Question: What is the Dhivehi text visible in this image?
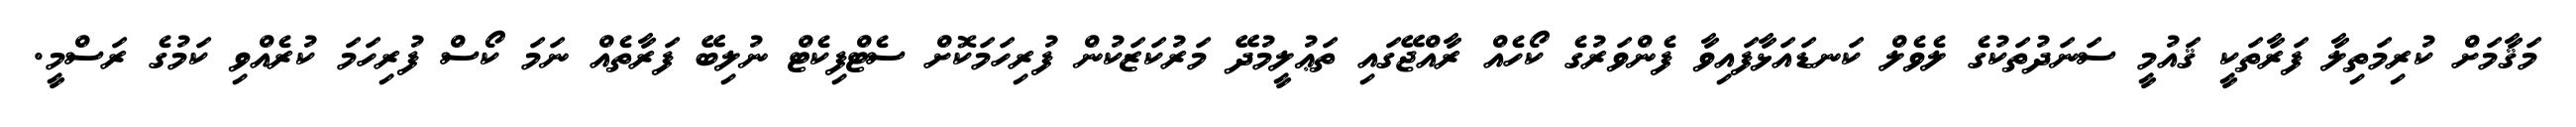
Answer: މަޤާމަށް ކުރިމަތިލާ ފަރާތަކީ ޤައުމީ ސަނަދުތަކުގެ ލެވެލް ކަނޑައަޅާފައިވާ ފެންވަރުގެ ކޯހެއް ރާއްޖޭގައި ތަޢުލީމުދޭ މަރުކަޒަކުން ފުރިހަމަކޮށް ސެޓްފިކެޓް ނުލިބޭ ފަރާތެއް ނަމަ ކޯސް ފުރިހަމަ ކުރެއްވި ކަމުގެ ރަސްމީ.